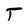
Character: T